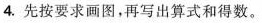
4.先按要求画图，再写出算式和得数。